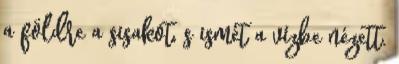
a földre a sisakot, s ismét a vízbe nézett.